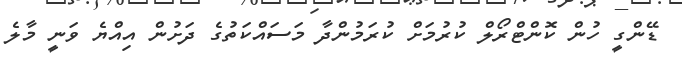
ޑޭންގީ ހުން ކޮންޓްރޯލް ކުރުމަށް ކުރަމުންދާ މަސައްކަތުގެ ދަށުން އިއްޔެ ވަނީ މާލެ